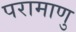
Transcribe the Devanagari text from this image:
परामाणु